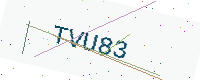
Text: TVU83